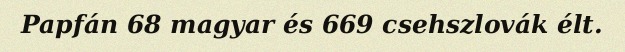
Papfán 68 magyar és 669 csehszlovák élt.